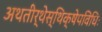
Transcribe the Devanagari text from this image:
अथतीर्थेस्थिक्षेपविधिः